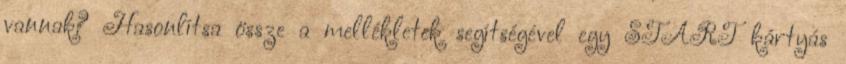
vannak? Hasonlítsa össze a mellékletek segítségével egy START kártyás